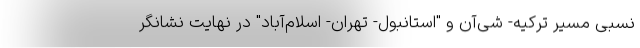
نسبی مسیر ترکیه- شی‌آن و "استانبول- تهران- اسلام‌آباد" در نهایت نشانگر